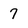
Character: 7